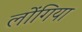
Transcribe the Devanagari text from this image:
लोंगिया